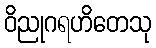
ဝိညုဂရဟိတေသု